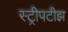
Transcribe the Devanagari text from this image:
स्ट्रीपटीझ